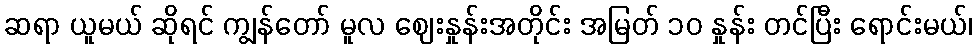
ဆရာ ယူမယ် ဆိုရင် ကျွန်တော် မူလ ဈေးနှုန်းအတိုင်း အမြတ် ၁၀ နှုန်း တင်ပြီး ရောင်းမယ်၊